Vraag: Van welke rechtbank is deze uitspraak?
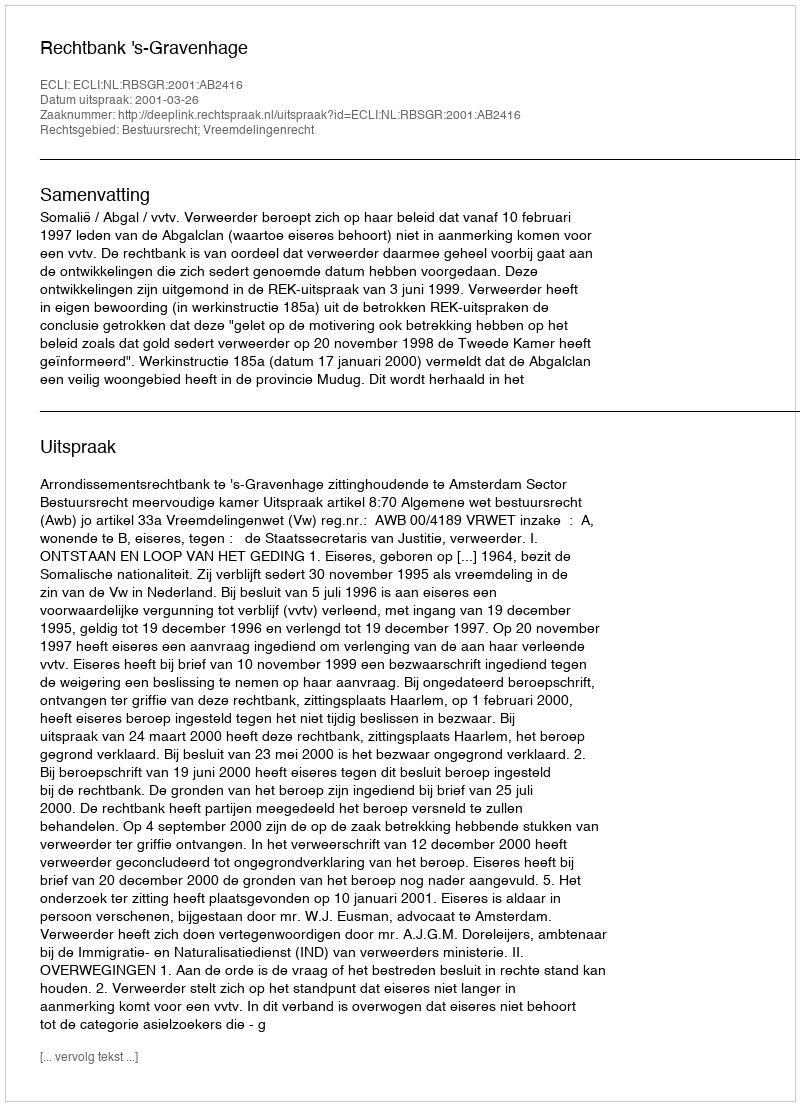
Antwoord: Rechtbank 's-Gravenhage